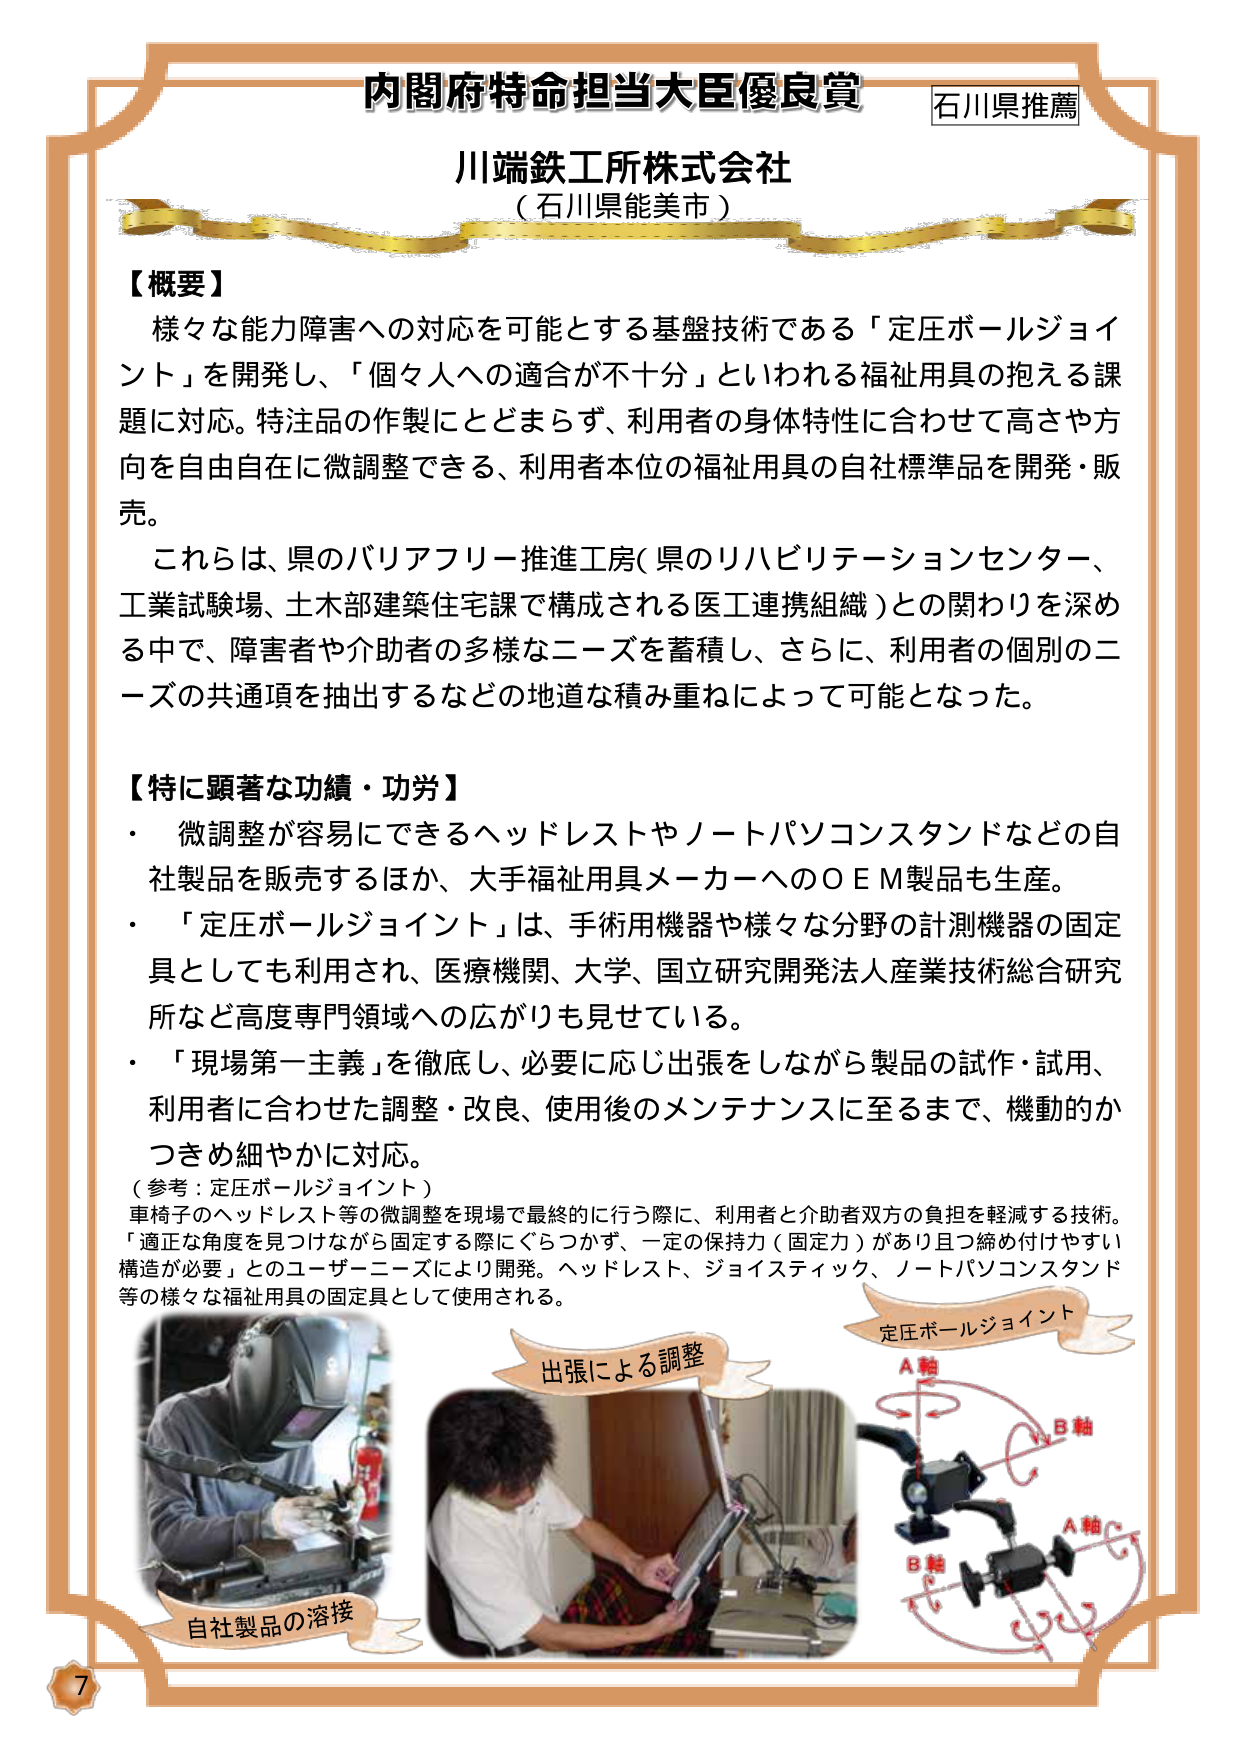
内閣府特命担当大臣優良賞
石川県推薦

川端鉄工所株式会社
（石川県能美市）

【概要】
様々な能力障害への対応を可能とする基盤技術である「定圧ボールジョイント」を開発し、「個々人への適合が不十分」といわれる福祉用具の抱える課題に対応。特注品の作製にとどまらず、利用者の身体特性に合わせて高さや方向を自由自在に微調整できる、利用者本位の福祉用具の自社標準品を開発・販売。
これらは、県のバリアフリー推進工房（県のリハビリテーションセンター、工業試験場、土木部建築住宅課で構成される医工連携組織）との関わりを深める中で、障害者や介助者の多様なニーズを蓄積し、さらに、利用者の個別のニーズの共通項を抽出するなどの地道な積み重ねによって可能となった。

【特に顕著な功績・功労】
・ 微調整が容易にできるヘッドレストやノートパソコンスタンドなどの自社製品を販売するほか、大手福祉用具メーカーへのＯＥＭ製品も生産。
・ 「定圧ボールジョイント」は、手術用機器や様々な分野の計測機器の固定具としても利用され、医療機関、大学、国立研究開発法人産業技術総合研究所など高度専門領域への広がりも見せている。
・ 「現場第一主義」を徹底し、必要に応じ出張をしながら製品の試作・試用、利用者に合わせた調整・改良、使用後のメンテナンスに至るまで、機動的かつきめ細やかに対応。

（参考：定圧ボールジョイント）
車椅子のヘッドレスト等の微調整を現場で最終的に行う際に、利用者と介助者双方の負担を軽減する技術。「適正な角度を見つけながら固定する際にぐらつかず、一定の保持力（固定力）があり且つ締め付けやすい構造が必要」とのユーザーニーズにより開発。ヘッドレスト、ジョイスティック、ノートパソコンスタンド等の様々な福祉用具の固定具として使用される。

自社製品の溶接
出張による調整
定圧ボールジョイント
A軸
B軸
A軸
B軸

7